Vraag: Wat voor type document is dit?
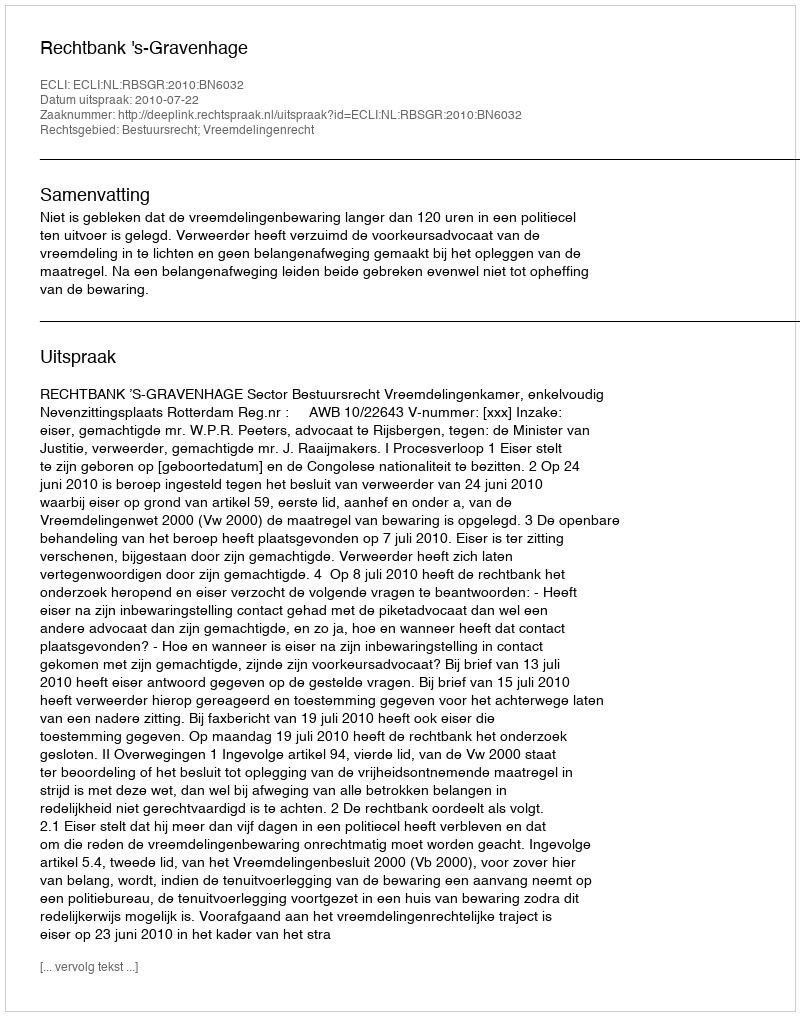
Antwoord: Uitspraak